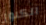
الكنوز